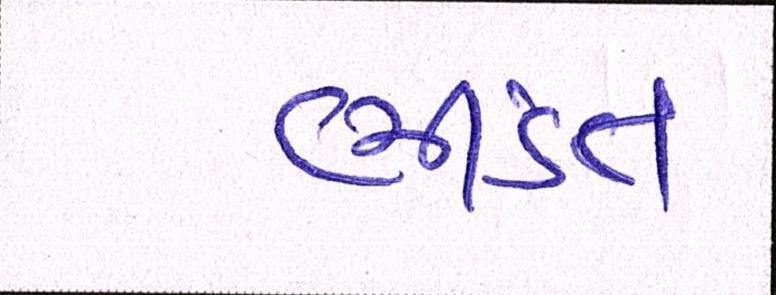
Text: ભીડંત